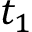
t _ { 1 }